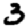
Digit: 3